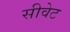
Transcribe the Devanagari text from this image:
सीवेट